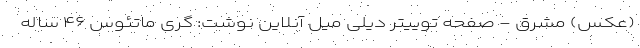
(عکس) مشرق - صفحه توییتر دیلی میل آنلاین نوشت: گری ماتئوس ۴۶ ساله